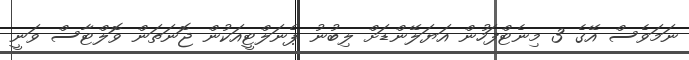
ނަމަވެސް އޭގެ 3 މިނެޓްފަހުން އަޔަލޭންޑަށް ލިބުނު ޕެނަލްޓީއަކުން ޖޮނަތަން ވޮލްޓާސް ވަނީ